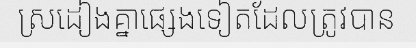
ស្រដៀងគ្នាផ្សេងទៀតដែលត្រូវបាន